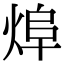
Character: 㷆